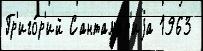
Гр'иго́р'ий Сантамар'иjа 1963